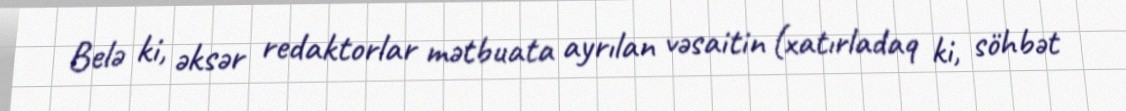
Belə ki, əksər redaktorlar mətbuata ayrılan vəsaitin (xatırladaq ki, söhbət